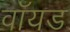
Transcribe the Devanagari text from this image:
वॉयड